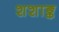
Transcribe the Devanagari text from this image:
शशाङ्क